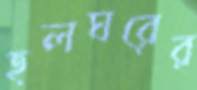
হলঘরের